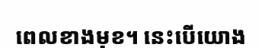
ពេលខាងមុខ។ នេះបើយោង